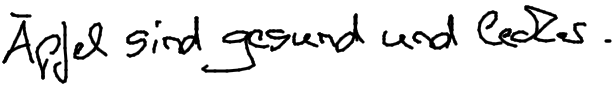
Äpfel sind gesund und lecker.